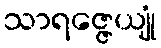
သာရဇ္ဇေယျုံ